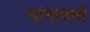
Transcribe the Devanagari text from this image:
मांगावर्ना